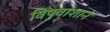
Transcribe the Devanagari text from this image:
विषुवांशाने